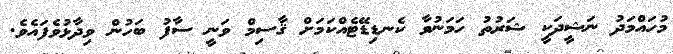
މުހައްމަދު ނަޝީދަކީ ޝަރުތު ހަމަނުވާ ކެނޑިޑޭޓެއްކަމަށް ޤާސިމް ވަނީ ސާފު ބަހުން ވިދާޅުވެފައެވެ.